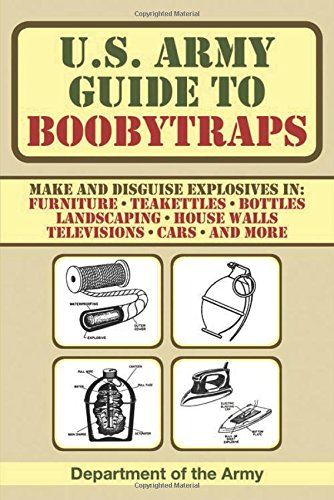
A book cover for U.S. Army Guide to Boobytraps; Army; History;